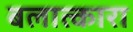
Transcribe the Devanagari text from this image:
बलात्कारा